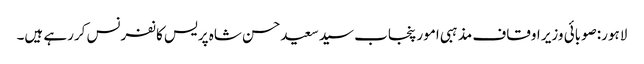
لاہور:صوبائی وزیر اوقاف مذہبی امور پنجاب سیدسعیدحسن شاہ پریس کانفرنس کررہے ہیں۔